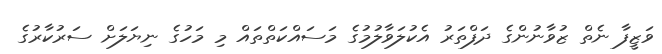
ވަޒީފާ ނެތް ޒުވާނުންގެ ދަފްތަރު އެކުލަވާލުމުގެ މަސައްކަތްތައް މި މަހުގެ ނިޔަލަށް ސަރުކާރުގެ